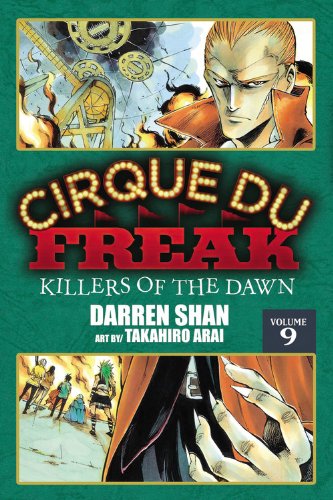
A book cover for Cirque Du Freak: The Manga, Vol. 9: Killers of the Dawn; Darren Shan; Teen & Young Adult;